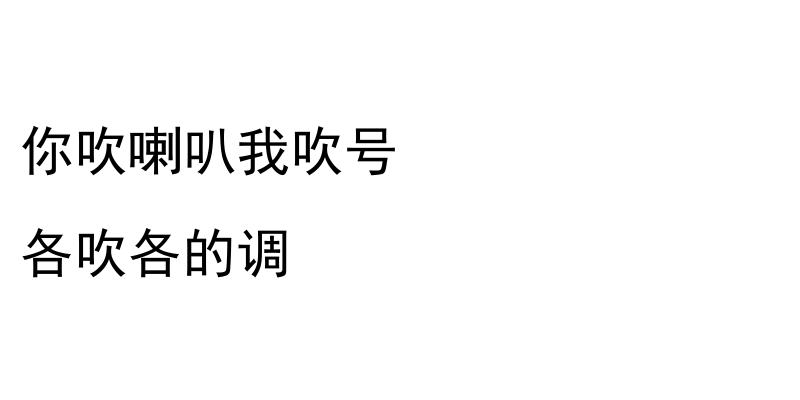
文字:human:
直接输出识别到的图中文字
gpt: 你吹喇叭我吹号 各吹各的调